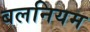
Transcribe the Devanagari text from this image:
बलनियम